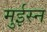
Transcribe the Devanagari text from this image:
मुईस्न